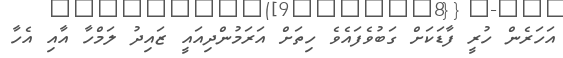
އަހަރެން ހުރީ ފާޑަކަށް ގަބުވެފައެވެ ހިތަށް އަރަމުންދިއައީ ޒައިދު ލަމްހާ އާއި އެހާ